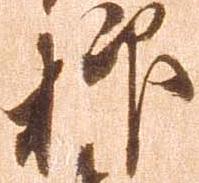
抑